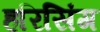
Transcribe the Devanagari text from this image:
हरिसिंग